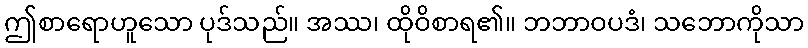
ဤစာရောဟူသော ပုဒ်သည်။ အဿ၊ ထိုဝိစာရ၏။ ဘဘာဝပဒံ၊ သဘောကိုသာ